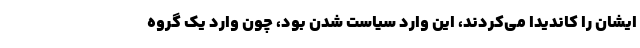
ایشان را کاندیدا می‌کردند، این وارد سیاست شدن بود، چون وارد یک گروه